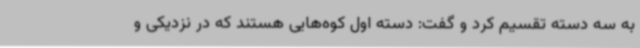
به سه دسته تقسیم کرد و گفت: دسته اول کوه‌هایی هستند که در نزدیکی و